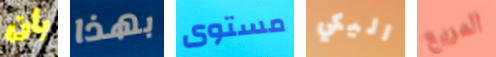
بأن بهذا مستوى اليكي المريع